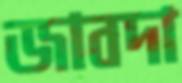
জাবদা